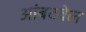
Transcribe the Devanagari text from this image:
आंबटवेल